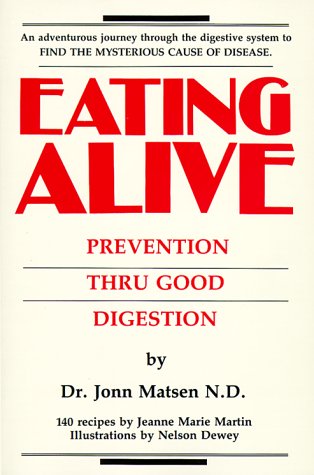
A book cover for Eating Alive: Prevention Thru Good Digestion; Jonn Matsen; Health, Fitness & Dieting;